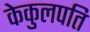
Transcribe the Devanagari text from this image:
केकुलपति